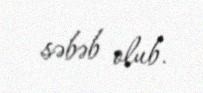
səbəb olub.